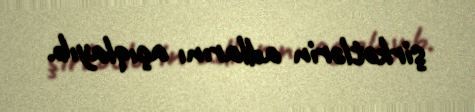
şirkətlərin adlarını açıqlayıb.